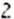
2